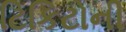
ટિકિટોની